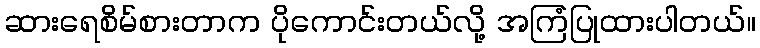
ဆားရေစိမ်စားတာက ပိုကောင်းတယ်လို့ အကြံပြုထားပါတယ်။